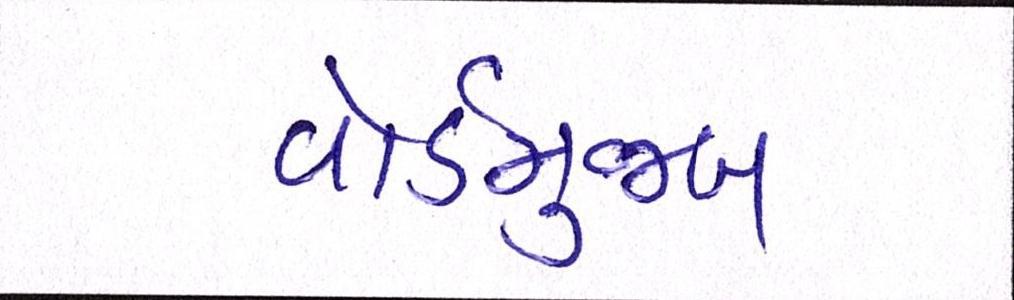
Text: વોર્ડમુજબ